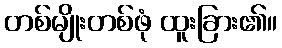
တစ်မျိုးတစ်ဖုံ ထူးခြား၏။